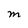
Character: M